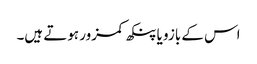
اس کے بازو یا پنکھ کمزور ہوتے ہیں۔